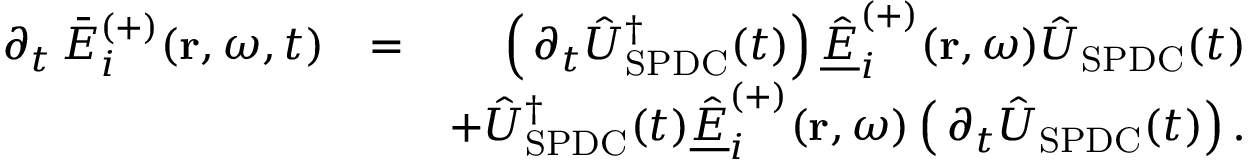
\begin{array} { r l r } { \, \partial _ { t } \, \bar { E } _ { i } ^ { ( + ) } ( \mathbf { r } , \omega , t ) } & { = } & { \left( \, \partial _ { t } \hat { U } _ { \mathrm { S P D C } } ^ { \dagger } ( t ) \right) \underline { { \hat { E } } } _ { i } ^ { ( + ) } ( \mathbf { r } , \omega ) \hat { U } _ { \mathrm { S P D C } } ( t ) } \\ & { } & { + \hat { U } _ { \mathrm { S P D C } } ^ { \dagger } ( t ) \underline { { \hat { E } } } _ { i } ^ { ( + ) } ( \mathbf { r } , \omega ) \left( \, \partial _ { t } \hat { U } _ { \mathrm { S P D C } } ( t ) \right) . } \end{array}